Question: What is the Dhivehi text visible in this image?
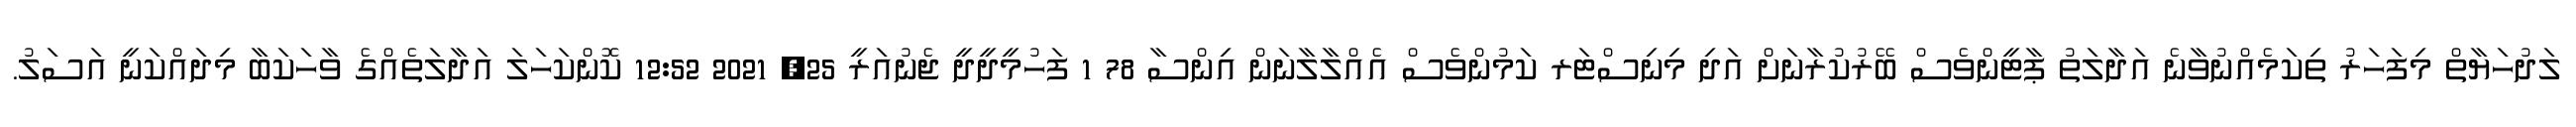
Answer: ލަދުހަޔާތް މިފަހަރު ތިކަމެއްނުވާނެ އަދާލަތު ޕާޓީންވެސް ބޭރުކުރާނަށް އަދި މިނިސްޓަރ ކަމުންވެސް އެއްލާލާނަން އިންސާ 78 1 ފަހުމީދީދީ ޖެނުއަރީ 25, 2021 12:52 ކޮންކަހަލަ އަދާލަތެއްގެ ވާހަކަބާ މިދައްކަނީ އަސަލު.